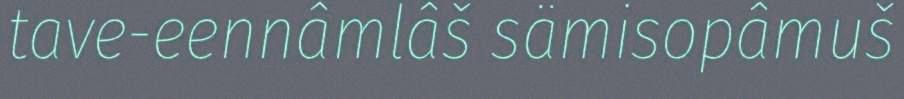
tave-eennâmlâš sämisopâmuš